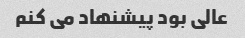
عالی بود پیشنهاد می کنم